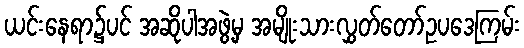
ယင်းနေရာ၌ပင် အဆိုပါအဖွဲ့မှ အမျိုးသားလွှတ်တော်ဥပဒေကြမ်း